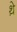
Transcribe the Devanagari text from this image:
थे़